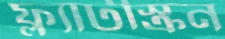
ফ্ল্যাটস্ক্রিন